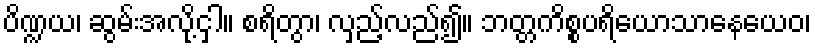
ပိဏ္ဍယ၊ ဆွမ်းအလို့ငှါ။ စရိတွာ၊ လှည့်လည်၍။ ဘတ္တကိစ္စပရိယောသာနေယေဝ၊